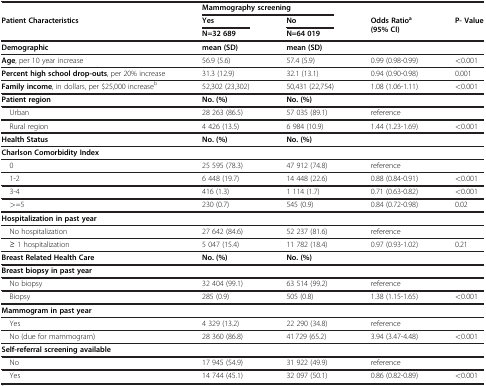
<table><thead><tr><td><b> </b></td><td colspan="2"><b>Mammography screening</b></td><td><b> </b></td><td><b> </b></td></tr><tr><td rowspan="2"><b>Patient Characteristics</b></td><td><b>Yes</b></td><td><b>No</b></td><td rowspan="2"><b>Odds Ratio<sup>a</sup>(95% CI)</b></td><td rowspan="2"><b>P- Value</b></td></tr><tr><td><b>N=32 689</b></td><td><b>N=64 019</b></td></tr></thead><tbody><tr><td><b>Demographic</b></td><td><b>mean (SD)</b></td><td><b>mean (SD)</b></td><td> </td><td> </td></tr><tr><td><b>Age</b>, per 10 year increase</td><td>56.9 (5.6)</td><td>57.4 (5.9)</td><td>0.99 (0.98-0.99)</td><td>&lt;0.001</td></tr><tr><td><b>Percent high school drop-outs</b>, per 20% increase</td><td>31.3 (12.9)</td><td>32.1 (13.1)</td><td>0.94 (0.90-0.98)</td><td>0.001</td></tr><tr><td><b>Family income</b>, in dollars, per $25,000 increase<sup>b</sup></td><td>52,302 (23,302)</td><td>50,431 (22,754)</td><td>1.08 (1.06-1.11)</td><td>&lt;0.001</td></tr><tr><td><b>Patient region</b></td><td><b>No. (%)</b></td><td><b>No. (%)</b></td><td> </td><td> </td></tr><tr><td> Urban</td><td>28 263 (86.5)</td><td>57 035 (89.1)</td><td>reference</td><td> </td></tr><tr><td> Rural region</td><td>4 426 (13.5)</td><td>6 984 (10.9)</td><td>1.44 (1.23-1.69)</td><td>&lt;0.001</td></tr><tr><td><b>Health Status</b></td><td><b>No. (%)</b></td><td><b>No. (%)</b></td><td> </td><td> </td></tr><tr><td><b>Charlson Comorbidity Index</b></td><td> </td><td> </td><td> </td><td> </td></tr><tr><td> 0</td><td>25 595 (78.3)</td><td>47 912 (74.8)</td><td>reference</td><td> </td></tr><tr><td> 1-2</td><td>6 448 (19.7)</td><td>14 448 (22.6)</td><td>0.88 (0.84-0.91)</td><td>&lt;0.001</td></tr><tr><td> 3-4</td><td>416 (1.3)</td><td>1 114 (1.7)</td><td>0.71 (0.63-0.82)</td><td>&lt;0.001</td></tr><tr><td> &gt;=5</td><td>230 (0.7)</td><td>545 (0.9)</td><td>0.84 (0.72-0.98)</td><td>0.02</td></tr><tr><td><b>Hospitalization in past year</b></td><td> </td><td> </td><td> </td><td> </td></tr><tr><td> No hospitalization</td><td>27 642 (84.6)</td><td>52 237 (81.6)</td><td>reference</td><td> </td></tr><tr><td> ≥ 1 hospitalization</td><td>5 047 (15.4)</td><td>11 782 (18.4)</td><td>0.97 (0.93-1.02)</td><td>0.21</td></tr><tr><td><b>Breast Related Health Care</b></td><td><b>No. (%)</b></td><td><b>No. (%)</b></td><td> </td><td> </td></tr><tr><td><b>Breast biopsy in past year</b></td><td> </td><td> </td><td> </td><td> </td></tr><tr><td> No biopsy</td><td>32 404 (99.1)</td><td>63 514 (99.2)</td><td>reference</td><td> </td></tr><tr><td> Biopsy</td><td>285 (0.9)</td><td>505 (0.8)</td><td>1.38 (1.15-1.65)</td><td>&lt;0.001</td></tr><tr><td><b>Mammogram in past year</b></td><td> </td><td> </td><td> </td><td> </td></tr><tr><td> Yes</td><td>4 329 (13.2)</td><td>22 290 (34.8)</td><td>reference</td><td> </td></tr><tr><td> No (due for mammogram)</td><td>28 360 (86.8)</td><td>41 729 (65.2)</td><td>3.94 (3.47-4.48)</td><td>&lt;0.001</td></tr><tr><td><b>Self-referral screening available</b></td><td> </td><td> </td><td> </td><td> </td></tr><tr><td> No</td><td>17 945 (54.9)</td><td>31 922 (49.9)</td><td>reference</td><td> </td></tr><tr><td> Yes</td><td>14 744 (45.1)</td><td>32 097 (50.1)</td><td>0.86 (0.82-0.89)</td><td>&lt;0.001</td></tr></tbody></table>